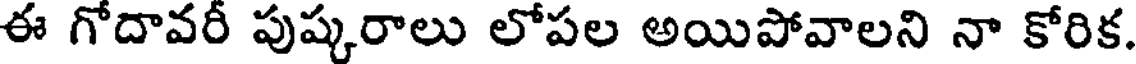
ఈ గోదావరీ పుష్కరాలు లోపల అయిపోవాలని నా కోరిక